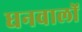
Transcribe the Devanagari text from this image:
धनवालों